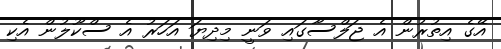
އޭގެ އިތުރުން އެ ޖަލްސާގައި ވަނީ މިދިޔަ އަހަރު އެ ސްކޫލުން އެކި